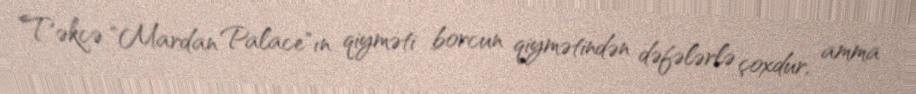
Təkcə "Mardan Palace"ın qiyməti borcun qiymətindən dəfələrlə çoxdur, amma